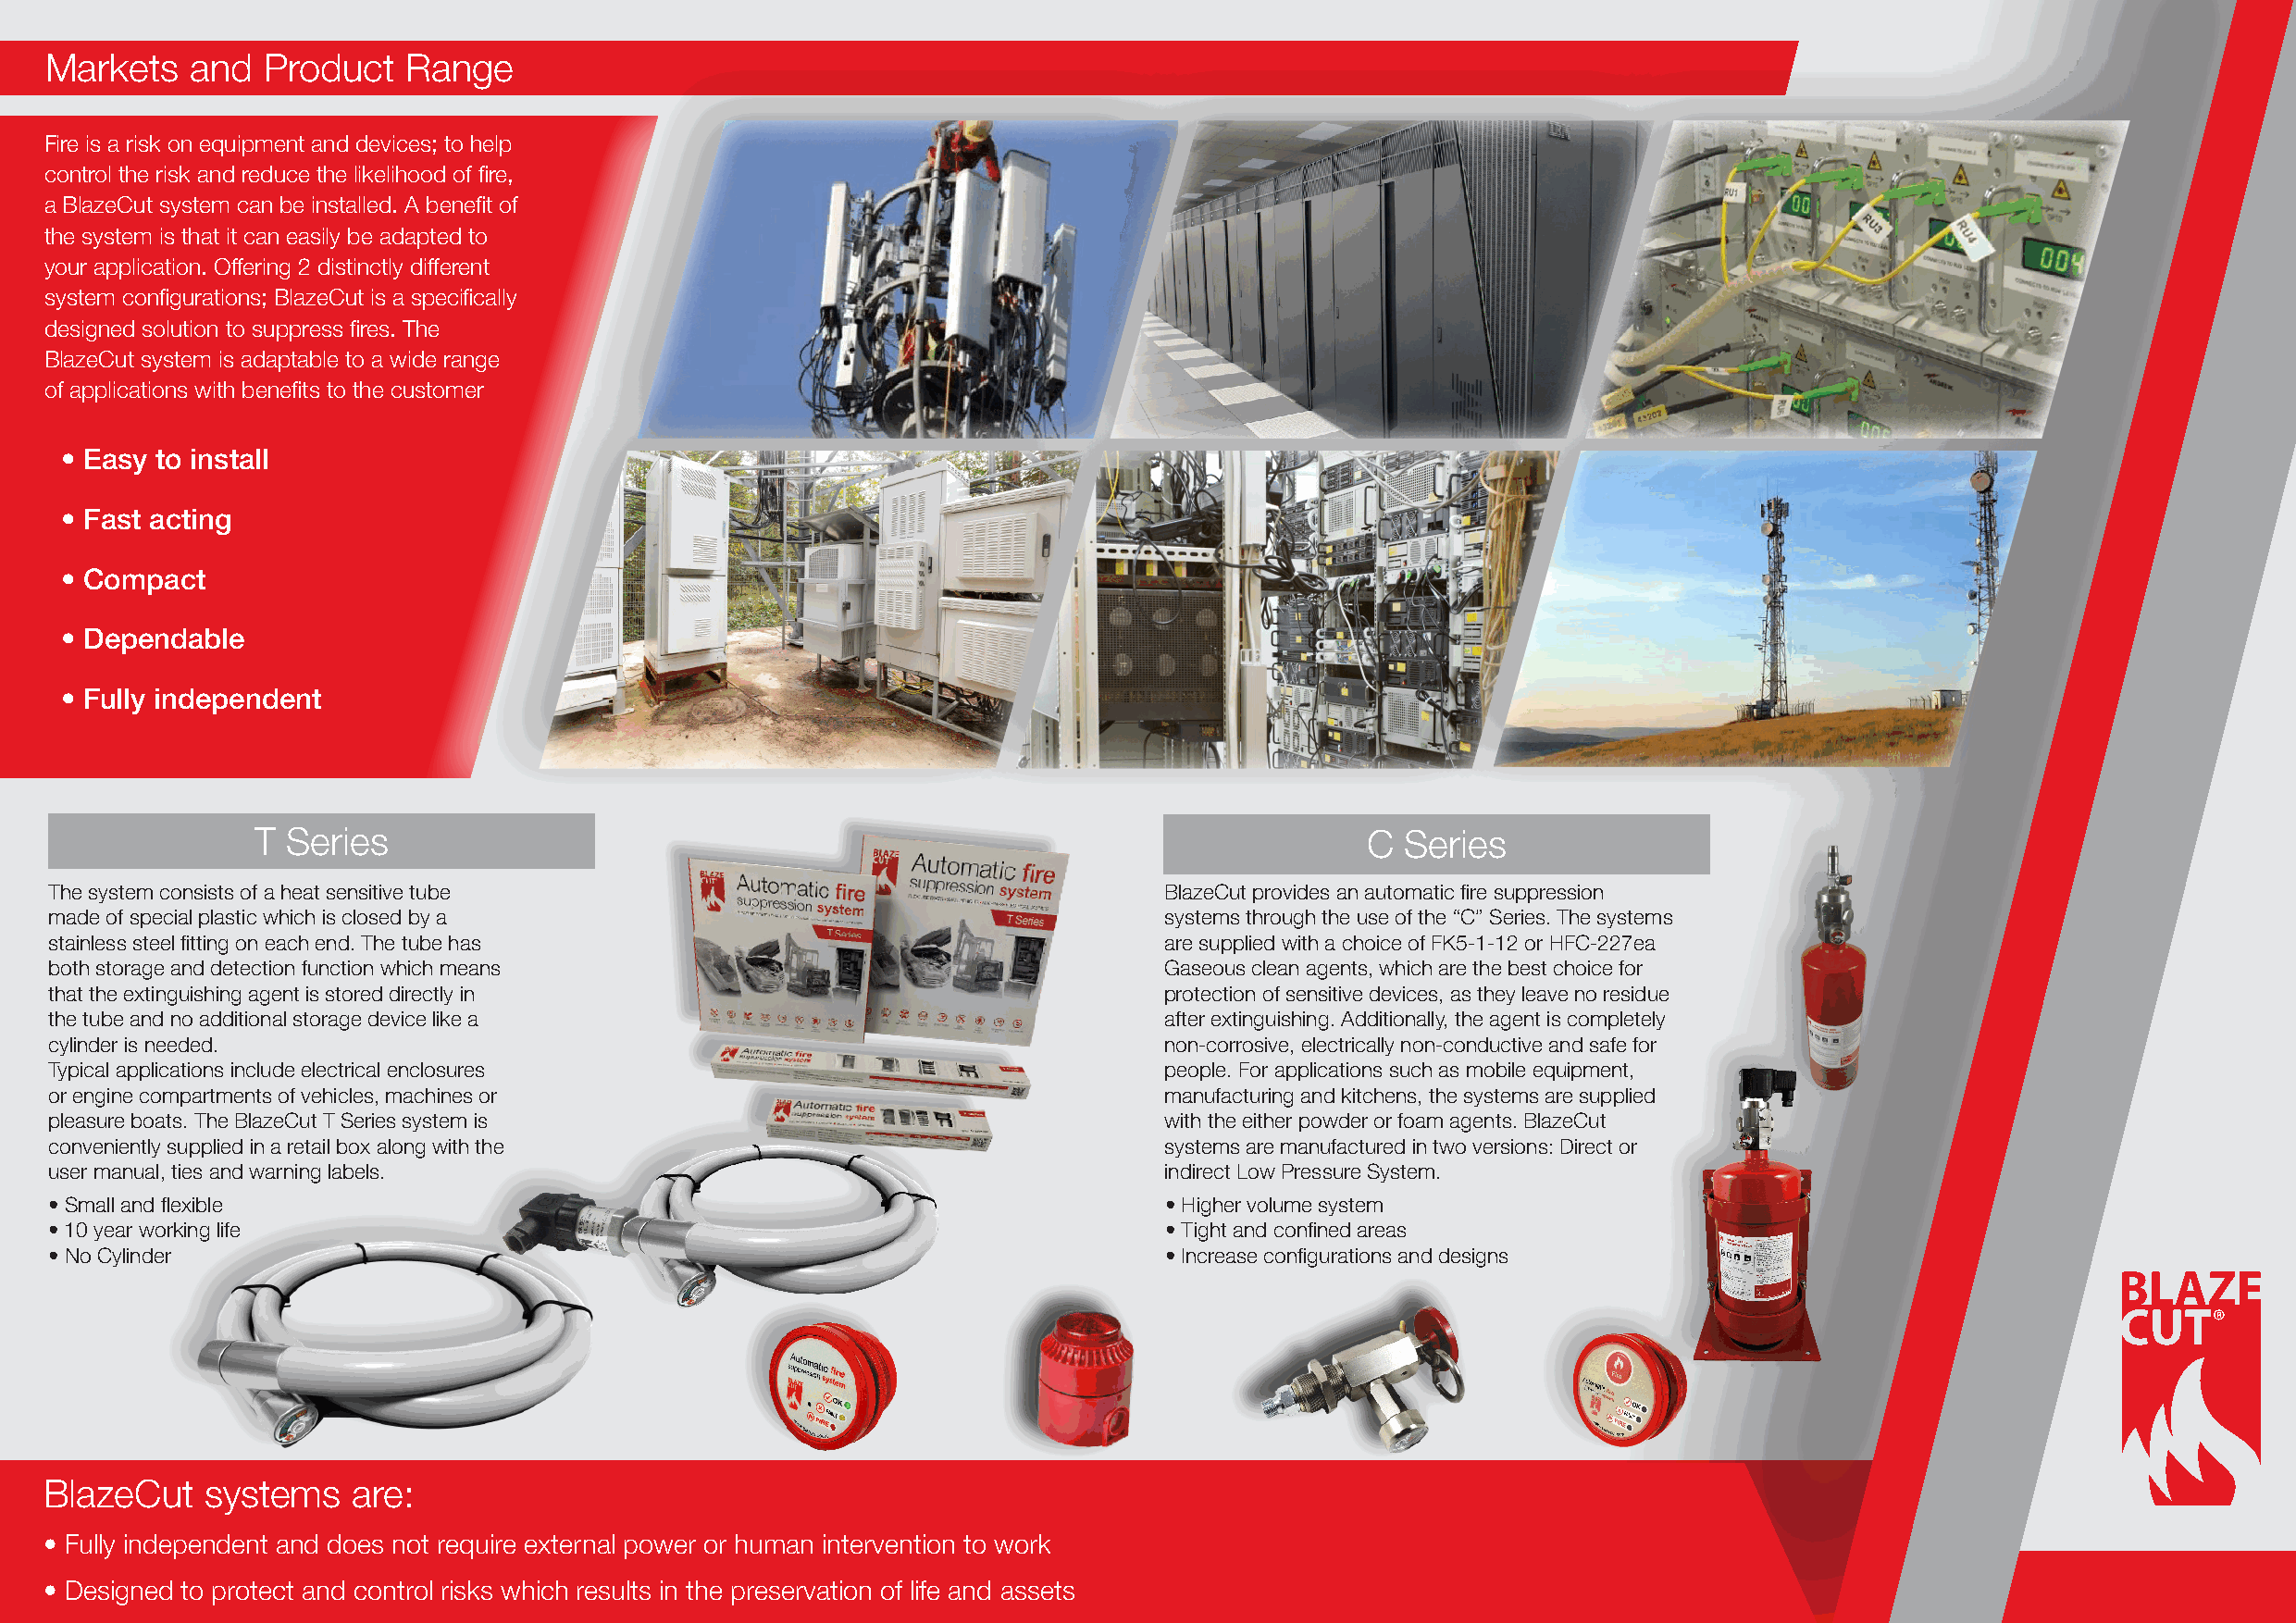
VMaraierkteyt os fa anpdp Plircoadtuiocnt sR aanndg eindustries
 Fire is a risk on equipment and devices; to help
 control the risk and reduce the likelihood of fire,
 a BlazeCut system can be installed. A benefit of
 the system is that it can easily be adapted to
 your application. Offering 2 distinctly different
 system configurations; BlazeCut is a specifically
 designed solution to suppress fires. The
 BlazeCut system is adaptable to a wide range
 of applications with benefits to the customer
 • Easy to install
 • Fast acting
 • Compact
 • Dependable
 • Fully independent
 T Series                                                                        C Series
 The system consists of a heat sensitive tube                                    BlazeCut provides an automatic fire suppression
 made of special plastic which is closed by a                                    systems through the use of the “C” Series. The systems
 stainless steel fitting on each end. The tube has                               are supplied with a choice of FK5-1-12 or HFC-227ea
 both storage and detection function which means                                 Gaseous clean agents, which are the best choice for
 that the extinguishing agent is stored directly in                              protection of sensitive devices, as they leave no residue
 the tube and no additional storage device like a                                after extinguishing. Additionally, the agent is completely
 cylinder is needed.                                                             non-corrosive, electrically non-conductive and safe for
 Typical applications include electrical enclosures                              people. For applications such as mobile equipment,
 or engine compartments of vehicles, machines or                                 manufacturing and kitchens, the systems are supplied
 pleasure boats. The BlazeCut T Series system is                                 with the either powder or foam agents. BlazeCut
 conveniently supplied in a retail box along with the                            systems are manufactured in two versions: Direct or
 user manual, ties and warning labels.                                           indirect Low Pressure System.
 • Small and flexible                                                            • Higher volume system
 • 10 year working life                                                          • Tight and confined areas
 • No Cylinder                                                                   • Increase configurations and designs
 BlazeCut    systems   are:
 • Fully independent and does not require external power or human intervention to work
 • Designed to protect and control risks which results in the preservation of life and assets